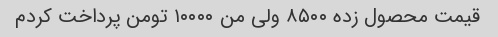
قیمت محصول زده ۸۵۰۰ ولی من ۱۰۰۰۰ تومن پرداخت کردم